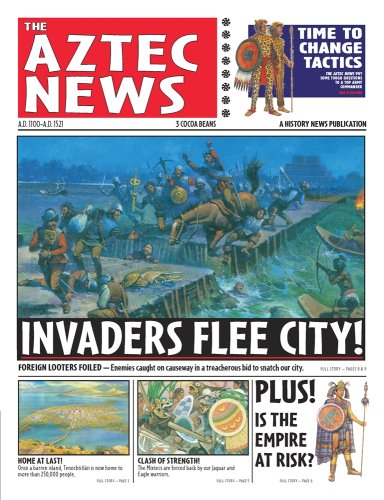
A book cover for History News: The Aztec News; Philip Steele; History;